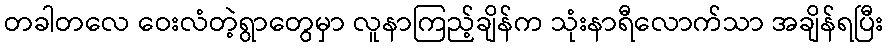
တခါတလေ ဝေးလံတဲ့ရွာတွေမှာ လူနာကြည့်ချိန်က သုံးနာရီလောက်သာ အချိန်ရပြီး